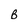
Character: B